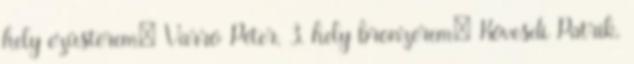
hely ezüstérem: Varró Péter, 3. hely bronzérem: Kövesdi Patrik,